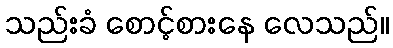
သည်းခံ စောင့်စားနေ လေသည်။